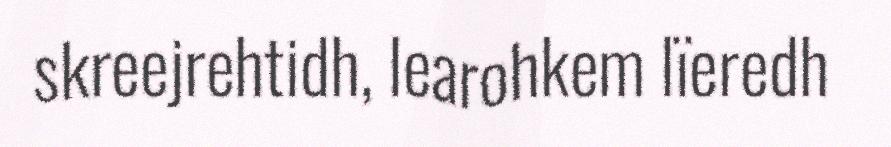
skreejrehtidh, learohkem lïeredh